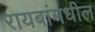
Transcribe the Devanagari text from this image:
रायबांमधील